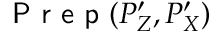
\textsf { P r e p } ( P _ { Z } ^ { \prime } , P _ { X } ^ { \prime } )